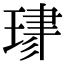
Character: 𤦯